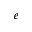
e